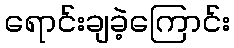
ရောင်းချခဲ့ကြောင်း